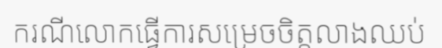
ករណីលោកធ្វើការសម្រេចចិត្តលាងឈប់